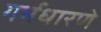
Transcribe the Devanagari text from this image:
गर्भधारणे